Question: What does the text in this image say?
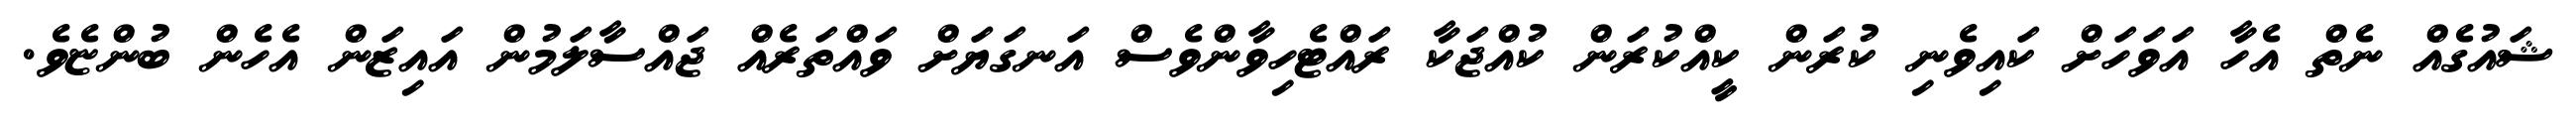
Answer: ޝައުގެއް ނެތް އެހާ އަވަހަށް ކައިވެނި ކުރަން ކީއްކުރަން ކުއްޖަކާ ރައްޓެހިވާންވެސް އަނގަޔަށް ވައްތަރެއް ޖައްސާލަމުން އައިޒަން އެހެން ބުންޏެވެ.